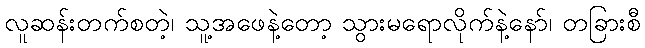
လူဆန်းတက်စတဲ့၊ သူ့အဖေနဲ့တော့ သွားမရောလိုက်နဲ့နော်၊ တခြားစီ